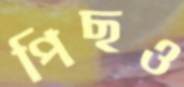
পিছও